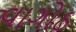
વાગોઠ